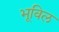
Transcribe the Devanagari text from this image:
भूविल